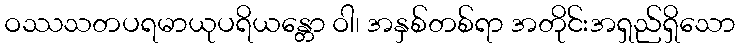
ဝဿသတပရမာယုပရိယန္တော ဝါ၊ အနှစ်တစ်ရာ အတိုင်းအရှည်ရှိသော